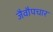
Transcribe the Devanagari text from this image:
जैवौपचार